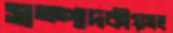
সম্পাদকীয়সহ